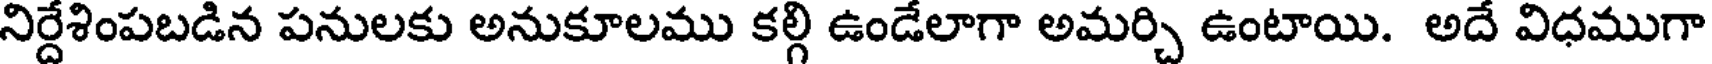
నిర్దేశింపబడిన పనులకు అనుకూలము కల్గి ఉండేలాగా అమర్చి ఉంటాయి. అదే విధముగా